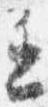
進